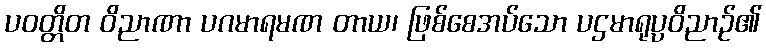
ပဝတ္တိတ ဝိညာဏာ ပဂမာရမဏ တာယ၊ ဖြစ်စေအပ်သော ပဌမာရုပ္ပဝိညာဉ်၏